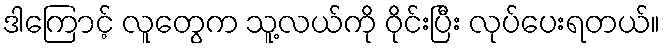
ဒါကြောင့် လူတွေက သူ့လယ်ကို ဝိုင်းပြီး လုပ်ပေးရတယ်။